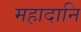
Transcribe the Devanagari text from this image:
महादानि